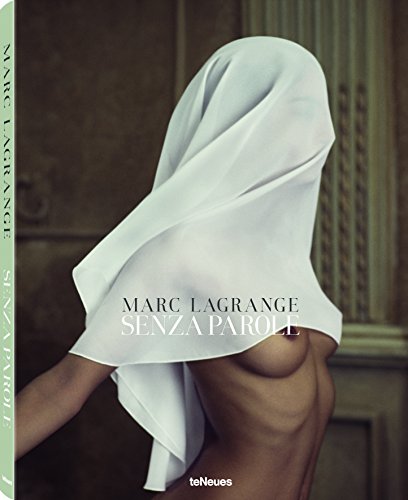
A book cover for Senza Parole; Arts & Photography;